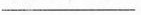
_________